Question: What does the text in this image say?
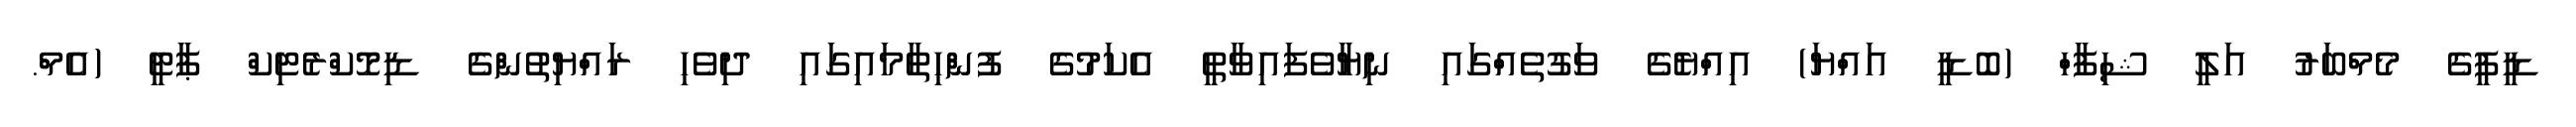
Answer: ޑީޕީގެ މެމްބަރު އަލީ ޝިފާހް (ބޮޑީ އައްޔަ) އިއްޔެގެ ވަގުތެއްގައި ނިޔާވެފައިވާތީ އެކަމުގެ ފުންހިތާމައިގައި ދިވެހި ރައްޔިތުންގެ ޑިމޮކްރެޓިކް ޕާޓީ (އެމް.